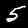
Label: 5